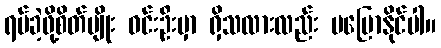
ရပ်ခဲ့ဖို့စိတ်မျိုး ဝင်းဦးမှာ ရှိသလားလည်း မပြောနိုင်ပါ။